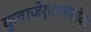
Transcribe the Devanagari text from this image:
कुवाजेर्वालासोबत